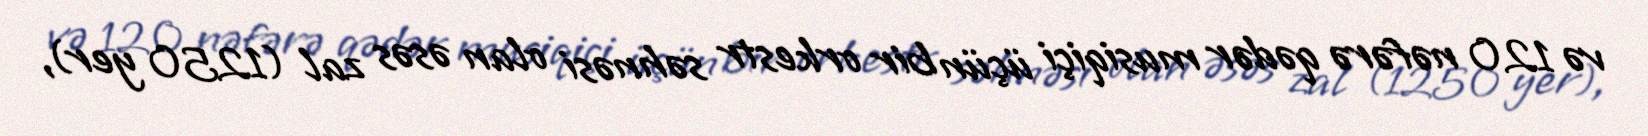
və 120 nəfərə qədər musiqiçi üçün bir orkestr səhnəsi olan əsəs zal (1250 yer),